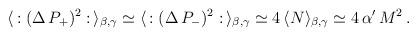
LaTeX: \begin{align*}\langle \, : (\Delta \, P_+)^2 : \, \rangle_{\beta , \gamma} \simeq\langle \, : (\Delta \, P_-)^2 : \, \rangle_{\beta , \gamma} \simeq 4 \, \langle N \rangle_{\beta , \gamma} \simeq 4 \, \alpha' \, M^2 \, . \end{align*}